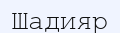
Шадияр